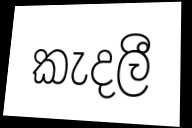
කැදලී